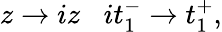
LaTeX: z\rightarrow iz\; \; \; it_{1}^{-}\rightarrow t_{1}^{+},